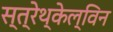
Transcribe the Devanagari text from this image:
स्त्रेथ्केल्विन